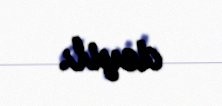
deyil.